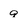
Character: g